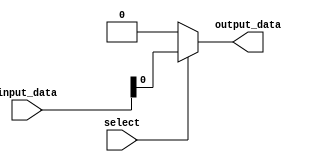
module io_mux_demux_buffer (
	input wire [7:0] input_data,
	input wire select,
	output wire output_data
);

assign output_data = select ? input_data : 8'b00000000;

endmodule